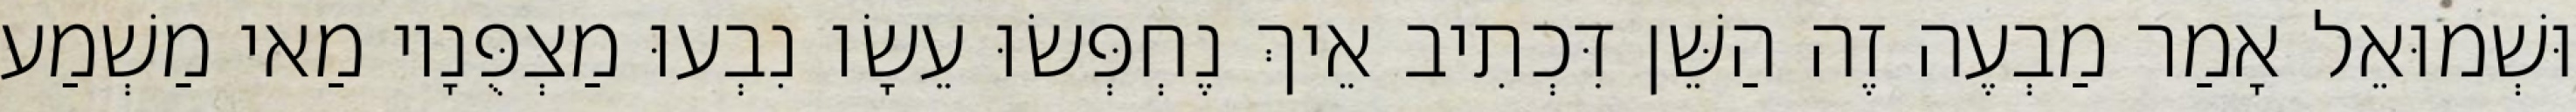
וּשְׁמוּאֵל אָמַר מַבְעֶה זֶה הַשֵּׁן דִּכְתִיב אֵיךְ נֶחְפְּשׂוּ עֵשָׂו נִבְעוּ מַצְפֻּנָיו מַאי מַשְׁמַע